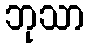
ဘုသာ